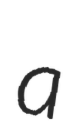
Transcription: a